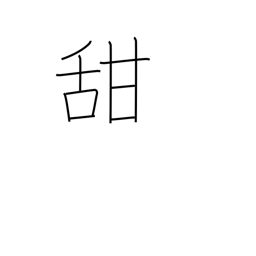
Meaning: sweet